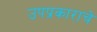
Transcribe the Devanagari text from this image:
उपप्रकाराचे